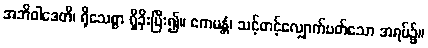
အဘိဝါဒေတိ၊ ရိုသေစွာ ရှိခိုးပြီး၍။ ဧကမန္တံ၊ သင့်တင့်လျှောက်ပတ်သော အရပ်၌။